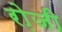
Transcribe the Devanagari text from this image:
रो़जी